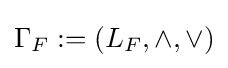
{\textstyle \Gamma _{F}:=(L_{F},\wedge ,\vee )}